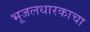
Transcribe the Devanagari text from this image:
भूजलधारकाचा